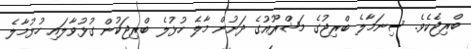
ބްރިޖެކެވެ. ސިނަމާލެ ބްރިޖުގެ މަޝްރޫއުގެ ދަށުން މާލެ ހުޅުލެ ބްރިޖަކުން ގުޅުވާލައި ހުޅުމާލެ